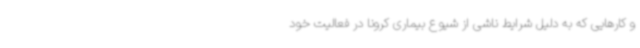
و کارهایی که به دلیل شرایط ناشی از شیوع بیماری کرونا در فعالیت خود